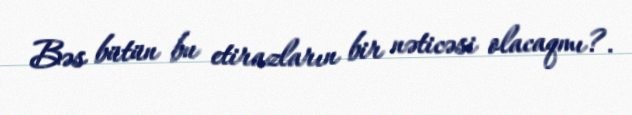
Bəs bütün bu etirazların bir nəticəsi olacaqmı?.